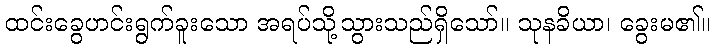
ထင်းခွေဟင်းရွက်ခူးသော အရပ်သို့သွားသည်ရှိသော်။ သုနခိယာ၊ ခွေးမ၏။